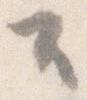
そ